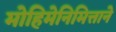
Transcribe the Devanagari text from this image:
मोहिमेनिमित्ताने